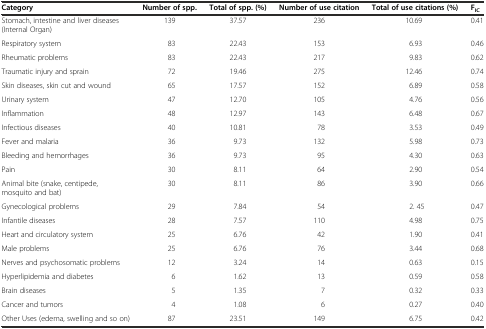
| Category | Number of spp. | Total of spp. (%) | Number of use citation | Total of use citations (%) | FIC |
 | --- | --- | --- | --- | --- | --- |
 | Stomach, intestine and liver diseases (Internal Organ) | 139 | 37.57 | 236 | 10.69 | 0.41 |
 | Respiratory system | 83 | 22.43 | 153 | 6.93 | 0.46 |
 | Rheumatic problems | 83 | 22.43 | 217 | 9.83 | 0.62 |
 | Traumatic injury and sprain | 72 | 19.46 | 275 | 12.46 | 0.74 |
 | Skin diseases, skin cut and wound | 65 | 17.57 | 152 | 6.89 | 0.58 |
 | Urinary system | 47 | 12.70 | 105 | 4.76 | 0.56 |
 | Inflammation | 48 | 12.97 | 143 | 6.48 | 0.67 |
 | Infectious diseases | 40 | 10.81 | 78 | 3.53 | 0.49 |
 | Fever and malaria | 36 | 9.73 | 132 | 5.98 | 0.73 |
 | Bleeding and hemorrhages | 36 | 9.73 | 95 | 4.30 | 0.63 |
 | Pain | 30 | 8.11 | 64 | 2.90 | 0.54 |
 | Animal bite (snake, centipede, mosquito and bat) | 30 | 8.11 | 86 | 3.90 | 0.66 |
 | Gynecological problems | 29 | 7.84 | 54 | 2. 45 | 0.47 |
 | Infantile diseases | 28 | 7.57 | 110 | 4.98 | 0.75 |
 | Heart and circulatory system | 25 | 6.76 | 42 | 1.90 | 0.41 |
 | Male problems | 25 | 6.76 | 76 | 3.44 | 0.68 |
 | Nerves and psychosomatic problems | 12 | 3.24 | 14 | 0.63 | 0.15 |
 | Hyperlipidemia and diabetes | 6 | 1.62 | 13 | 0.59 | 0.58 |
 | Brain diseases | 5 | 1.35 | 7 | 0.32 | 0.33 |
 | Cancer and tumors | 4 | 1.08 | 6 | 0.27 | 0.40 |
 | Other Uses (edema, swelling and so on) | 87 | 23.51 | 149 | 6.75 | 0.42 |